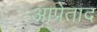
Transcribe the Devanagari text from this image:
आप्रेताद